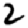
Digit: 2